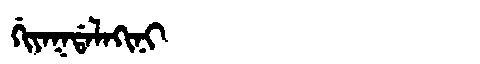
Manchu: ᡤᡳᠶᠠᡴᡩᠠᠯᠠᡴᡳᠨᡳ
Romanization: GIYAKDALAKINI